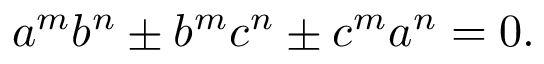
a ^ { m } b ^ { n } \pm b ^ { m } c ^ { n } \pm c ^ { m } a ^ { n } = 0 .